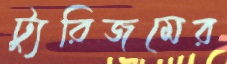
ট্যুরিজমের